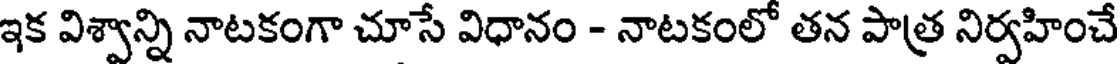
ఇక విశ్వాన్ని నాటకంగా చూసే విధానం - నాటకంలో తన పాత్ర నిర్వహించే